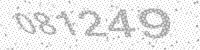
Solution: 081249